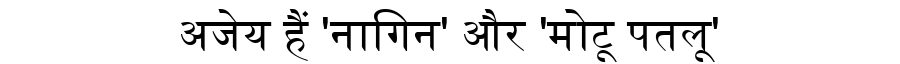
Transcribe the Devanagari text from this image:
अजेय हैं 'नागिन' और 'मोटू पतलू'